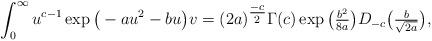
LaTeX: \begin{align*}\int_{0}^{\infty} u^{c-1} \exp \big ( -a u^2 - b u \big ) v = (2 a)^{\tfrac{-c}{2}} \Gamma (c) \exp \big ( \tfrac{b^{2}}{8 a} \big ) D_{-c} \big ( \tfrac{b}{\sqrt{2 a}} \big ) ,\end{align*}